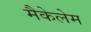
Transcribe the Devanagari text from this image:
मैकेलेम